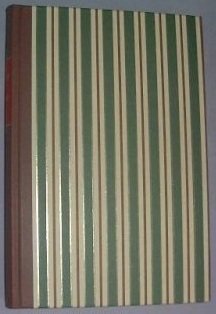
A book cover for Howards End; E M Forster; Crafts, Hobbies & Home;